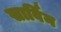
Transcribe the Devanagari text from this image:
सार्विन